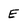
Character: E